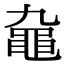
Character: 𪓒